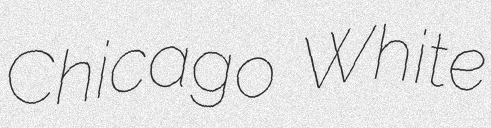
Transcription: Chicago White